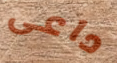
داعى